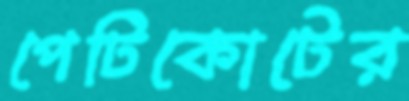
পেটিকোটের